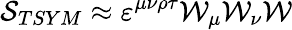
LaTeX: {\cal S}_{TSYM}\approx\varepsilon^{\mu\nu\rho\tau}{\cal W}_{\mu}{\cal W}_{\nu}{\cal W}